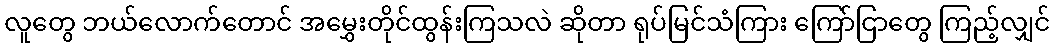
လူတွေ ဘယ်လောက်တောင် အမွှေးတိုင်ထွန်းကြသလဲ ဆိုတာ ရုပ်မြင်သံကြား ကြော်ငြာတွေ ကြည့်လျှင်